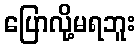
ပြောလို့မရဘူး